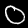
Digit: 0